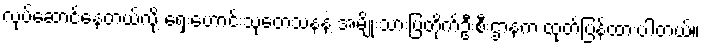
လုပ်ဆောင်နေတယ်လို့ ရှေးဟောင်းသုတေသနနဲ့ အမျိုးသားပြတိုက်ဦးစီးဌာနက ထုတ်ပြန်ထားပါတယ်။